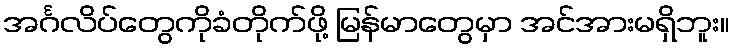
အင်္ဂလိပ်တွေကိုခံတိုက်ဖို့ မြန်မာတွေမှာ အင်အားမရှိဘူး။